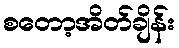
စတော့အိတ်ချိန်း